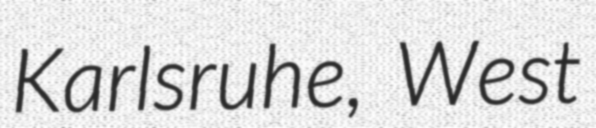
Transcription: Karlsruhe, West